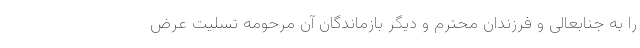
را به جنابعالی و فرزندان محترم و دیگر بازماندگان آن مرحومه تسلیت عرض